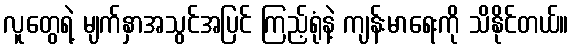
လူတွေရဲ့ မျက်နှာအသွင်အပြင် ကြည့်ရုံနဲ့ ကျန်းမာရေးကို သိနိုင်တယ်။